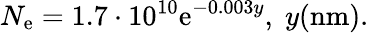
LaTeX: N_{\mathrm{e}}=1.7\cdot10^{10}\mathrm{e}^{-0.003y},\; y(\textrm{{nm}}).